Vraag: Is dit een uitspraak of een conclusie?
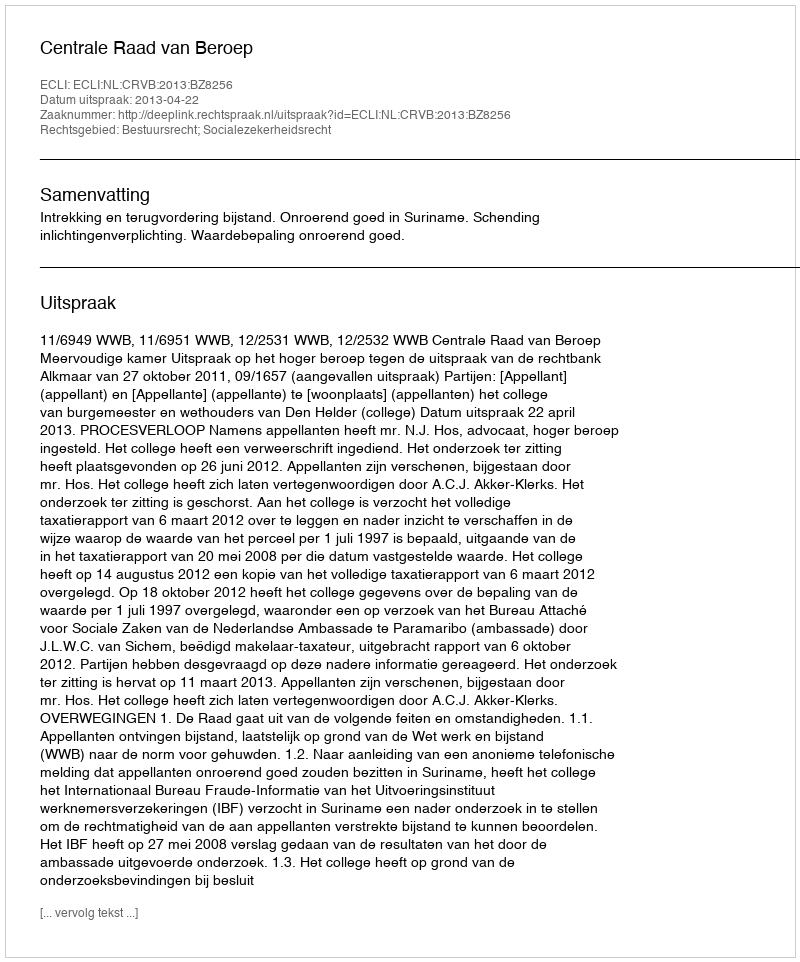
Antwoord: Uitspraak